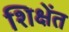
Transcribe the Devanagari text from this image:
शिक्षेंत